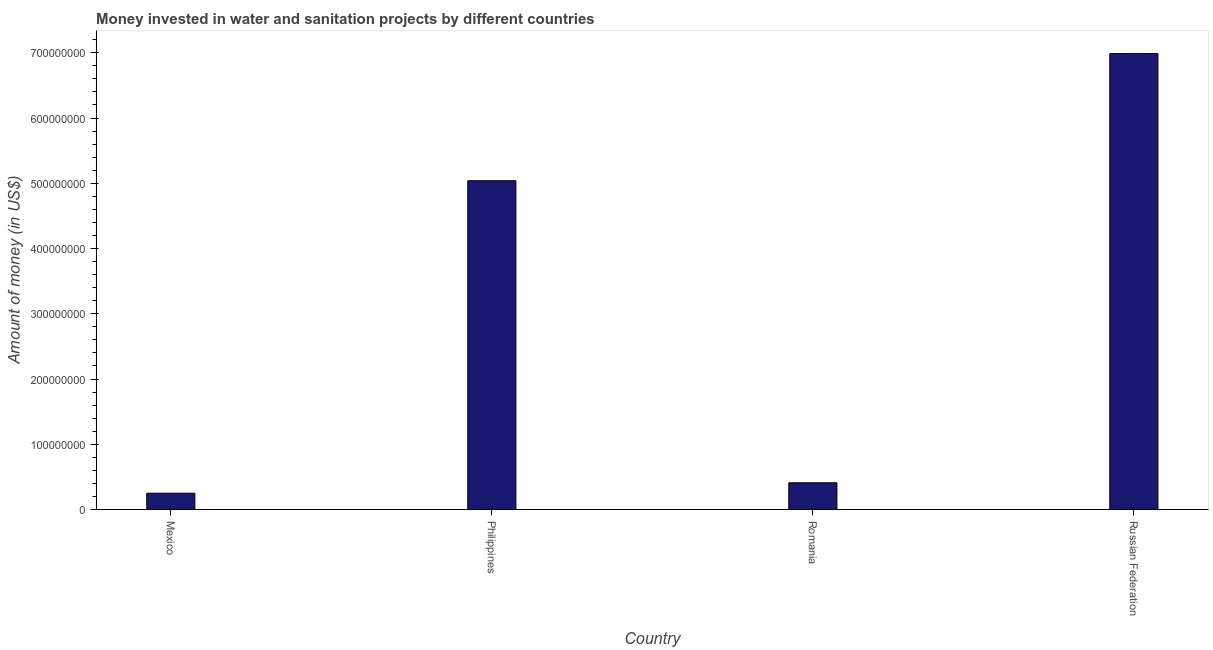
| Country | Investment |
 | --- | --- |
 | Mexico | 2.5e+07 |
 | Philippines | 5.04e+08 |
 | Romania | 4.1e+07 |
 | Russian Federation | 6.99e+08 |